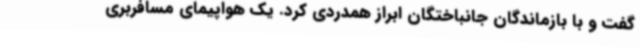
گفت و با بازماندگان جانباختگان ابراز همدردی کرد. یک هواپیمای مسافربری